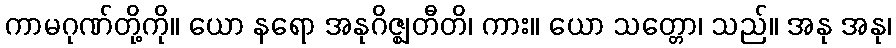
ကာမဂုဏ်တို့ကို။ ယော နရော အနုဂိဇ္ဈတီတိ၊ ကား။ ယော သတ္တော၊ သည်။ အနု အနု၊